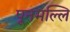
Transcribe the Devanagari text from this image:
पूनमल्लि